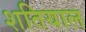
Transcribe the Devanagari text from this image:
शतियाल